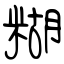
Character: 糊